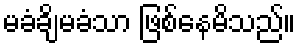
မခံချိမခံသာ ဖြစ်နေမိသည်။